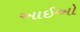
આઈઓ